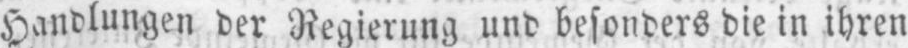
Handlungen der Regierung und besonders die in ihren